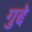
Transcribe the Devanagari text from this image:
गुद्दे